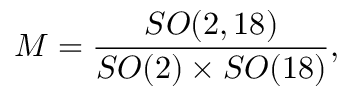
{ \cal M } = { \frac { S O ( 2 , 1 8 ) } { S O ( 2 ) \times S O ( 1 8 ) } } ,